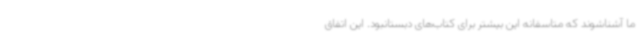
ما آشناشوند که متاسفانه این بیشتر برای کتاب‌های دبستانبود. این اتفاق